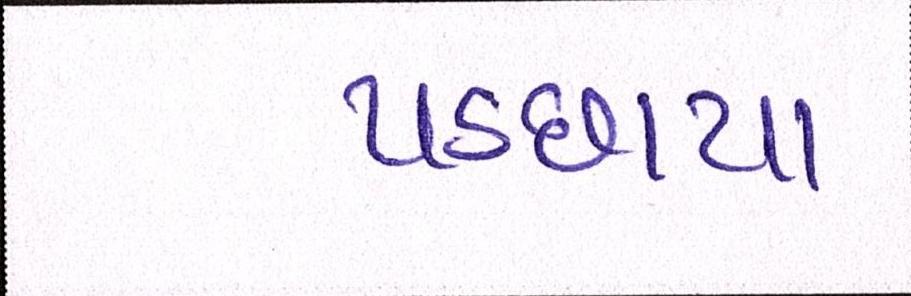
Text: પડછાયા